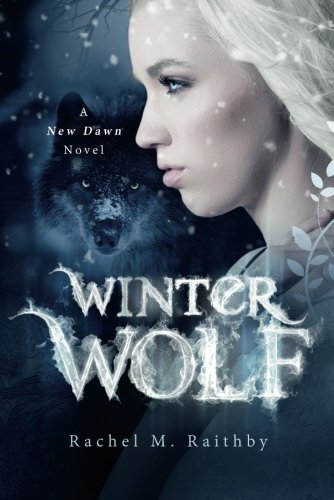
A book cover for Winter Wolf (New Dawn); Rachel M. Raithby; Romance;